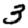
Digit: 3